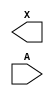
module sky130_fd_sc_lp__dlymetal6s4s (
    X,
    A
);

    output X;
    input  A;

    // Voltage supply signals
    supply1 VPWR;
    supply0 VGND;
    supply1 VPB ;
    supply0 VNB ;

endmodule